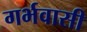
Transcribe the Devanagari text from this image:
गर्भवासी